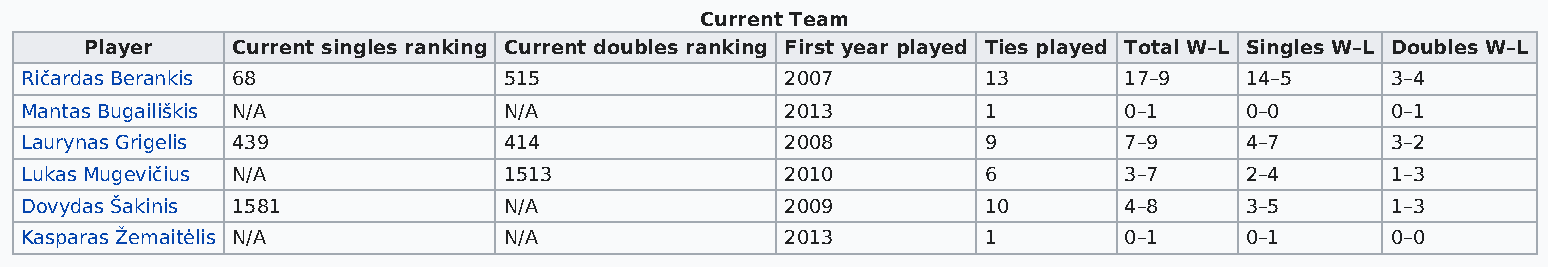
Current Team
 Player   Current singles ranking Current doubles ranking First year played Ties played Total W–L Singles W–L Doubles W–L
 Ričardas Berankis 68            515                2007         13       17–9    14–5      3–4
 Mantas Bugailiškis N/A          N/A                2013         1        0–1     0–0       0–1
 Laurynas Grigelis 439           414                2008         9        7–9     4–7       3–2
 Lukas Mugevičius N/A            1513               2010         6        3–7     2–4       1–3
 Dovydas Šakinis 1581            N/A                2009         10       4–8     3–5       1–3
 Kasparas Žemaitėlis N/A         N/A                2013         1        0–1     0–1       0–0